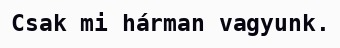
Csak mi hárman vagyunk.